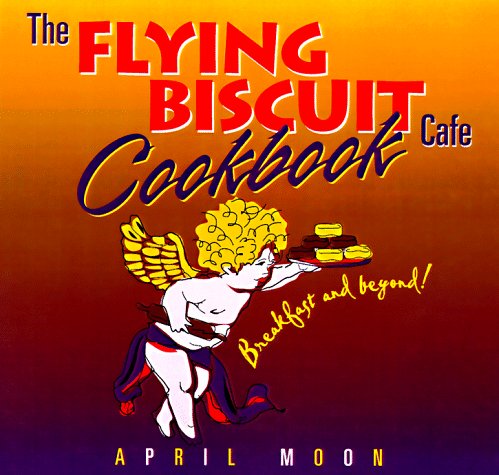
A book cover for The Flying Biscuit Cafe Cookbook: Breakfast and Beyond; April Moon; Cookbooks, Food & Wine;